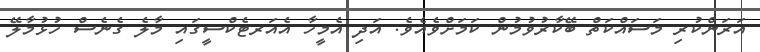
އަރަންކުރި މަސައްކަތް ބޭކާރުވުމުން ކަމަށްވެއެވެ. އަދި އެމީހާ އެއަރޓެކްސީގައި މާލެ ގެނެސް ހުޅުމާލޭ